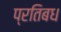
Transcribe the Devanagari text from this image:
प्रतिबध